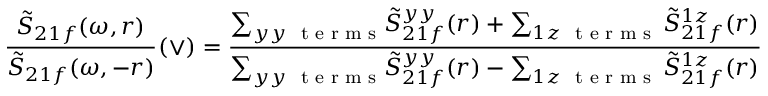
\frac { \tilde { S } _ { 2 1 f } ( \omega , r ) } { \tilde { S } _ { 2 1 f } ( \omega , - r ) } ( \vee ) = \frac { { { \sum _ { y y ~ \textrm { t e r m s } } } \tilde { S } _ { 2 1 f } ^ { y y } ( r ) + \sum _ { 1 z ~ \textrm { t e r m s } } \tilde { S } _ { 2 1 f } ^ { 1 z } ( r ) } } { { { \sum _ { y y ~ \textrm { t e r m s } } } \tilde { S } _ { 2 1 f } ^ { y y } ( r ) - \sum _ { 1 z ~ \textrm { t e r m s } } \tilde { S } _ { 2 1 f } ^ { 1 z } ( r ) } }